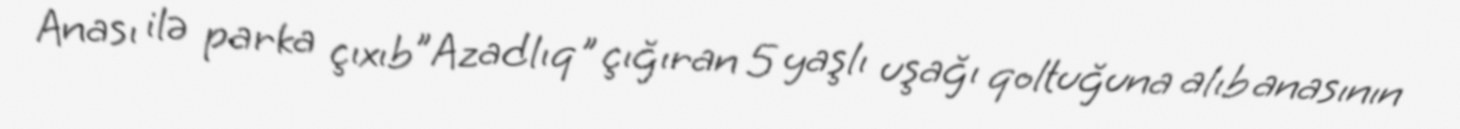
Anası ilə parka çıxıb ”Azadlıq" çığıran 5 yaşlı uşağı qoltuğuna alıb anasının